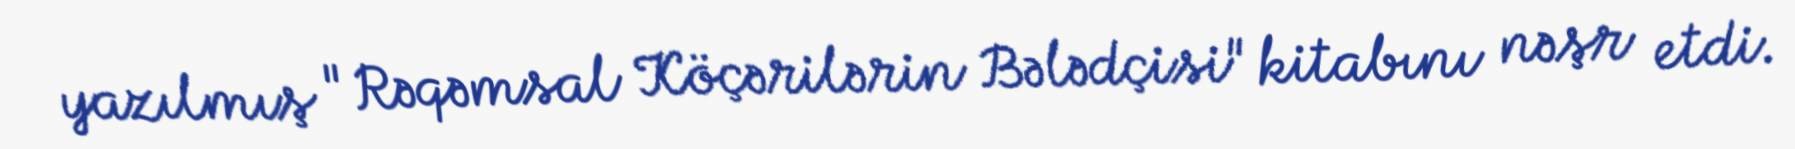
yazılmış "Rəqəmsal Köçərilərin Bələdçisi" kitabını nəşr etdi.